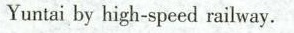
Yuntaiby high-speed railway.